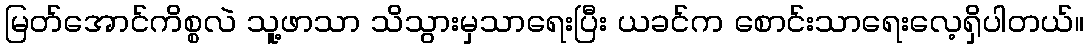
မြတ်အောင်ကိစ္စလဲ သူ့ဖာသာ သိသွားမှသာရေးပြီး ယခင်က စောင်းသာရေးလေ့ရှိပါတယ်။